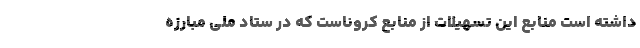
داشته است منابع این تسهیلات از منابع کروناست که در ستاد ملی مبارزه